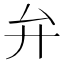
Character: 弁